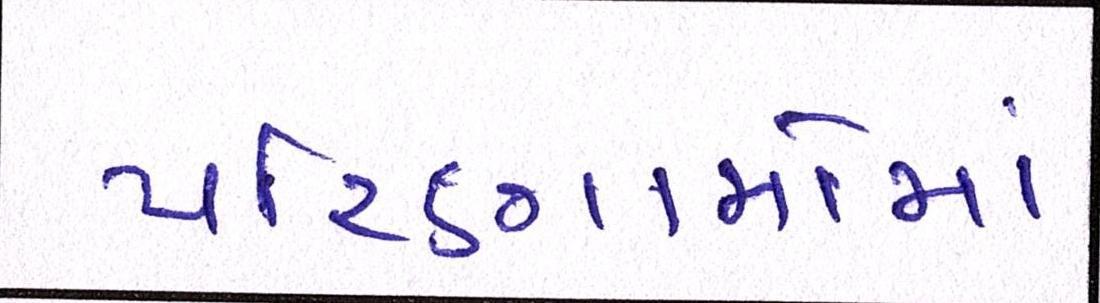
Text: પરિણામોમાં